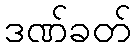
ဒဏ်ခတ်